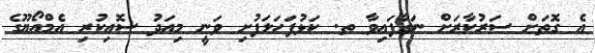
އެ ގޮތަށް ސަރުކާރަށް ނަގާފައިވާ ތ. ކަޅުފަހަލަފުށި ވަނީ މިއަދު ސޮއިކުރި އެމްއޯޔޫގެ